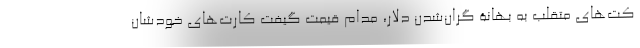
کت‌های متقلب به بهانۀ گران‌شدن دلار، مدام قیمت گیفت‌ کارت‌های خودشان